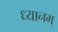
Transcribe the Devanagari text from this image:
ध्यानम्